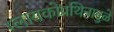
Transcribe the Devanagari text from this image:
ग्लायकोप्रथिनामुळे